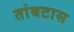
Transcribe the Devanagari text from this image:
तांबटास